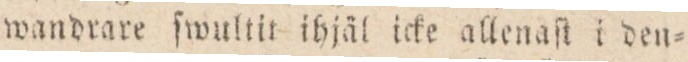
wandrare ſwultit ihjäl icke allenaſt i den=